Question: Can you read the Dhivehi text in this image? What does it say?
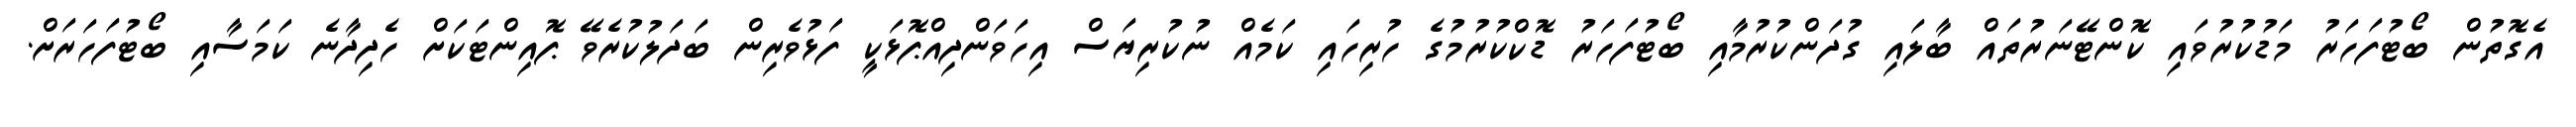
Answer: އެގޮތުން ބޯޓުފަހަރު މަޑުކުރުވައި ކޮންޓޭނަރުތައް ބާލައި ގުދަންކުރުމާއި ބޯޓުފަހަރު ޑޮކްކުރުމުގެ ހުރިހައި ކަމެއް ނުކުރިޔަސް އިހަވަންދިއްޕޮޅަކީ ފަޅުވެރިން ބަދަލުކުރެވޭ ޕޮއިންޓަކަށް ހެދިދާނެ ކަމަސާއި ބޯޓުފަހަރަށް.